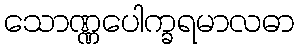
သောဏ္ဏပေါက္ခရမာလဓာ